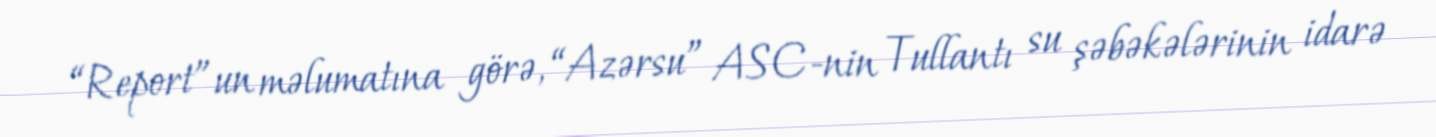
“Report”un məlumatına görə, “Azərsu” ASC-nin Tullantı su şəbəkələrinin idarə